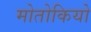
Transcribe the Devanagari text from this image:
मोतोकियो